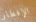
الإفطار